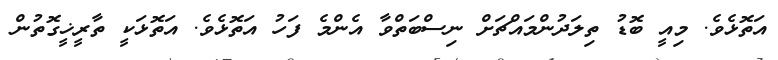
އަތޮޅެވެ. މިއީ ބޮޑު ތިލަދުންމައްޗަށް ނިސްބަތްވާ އެންމެ ފަހު އަތޮޅެވެ. އަތޮޅަކީ ތާރީޚީގޮތުން